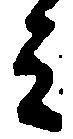
ミ